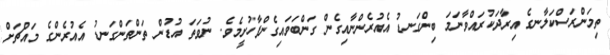
ތިމަންރަސްކަލާނގެ އިރާދަކުރައްވާނަމަ ބިންގަނޑު އެއުރެންނާއިގެން ގަންބަވައިގެންފާހުށީމެވެ. ނުވަތަ އުޑުން ތަންތަންގަނޑު އެއުރެންގެ މައްޗަށް